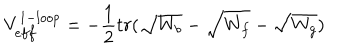
V _ { e f f } ^ { 1 - l o o p } = - \frac { 1 } { 2 } t r ( \sqrt { W _ { b } } - \sqrt { W _ { f } } - \sqrt { W _ { g } } )